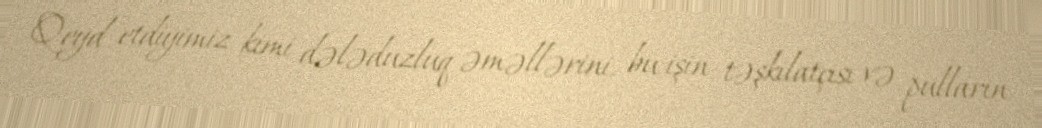
Qeyd etdiyimiz kimi dələduzluq əməllərini, bu işin təşkilatçısı və pulların